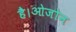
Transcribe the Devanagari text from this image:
है।ओजोन